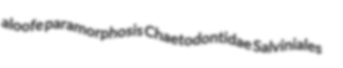
aloofe paramorphosis Chaetodontidae Salviniales